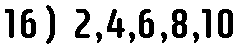
16) 2,4,6,8,10